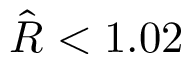
\hat { R } < 1 . 0 2